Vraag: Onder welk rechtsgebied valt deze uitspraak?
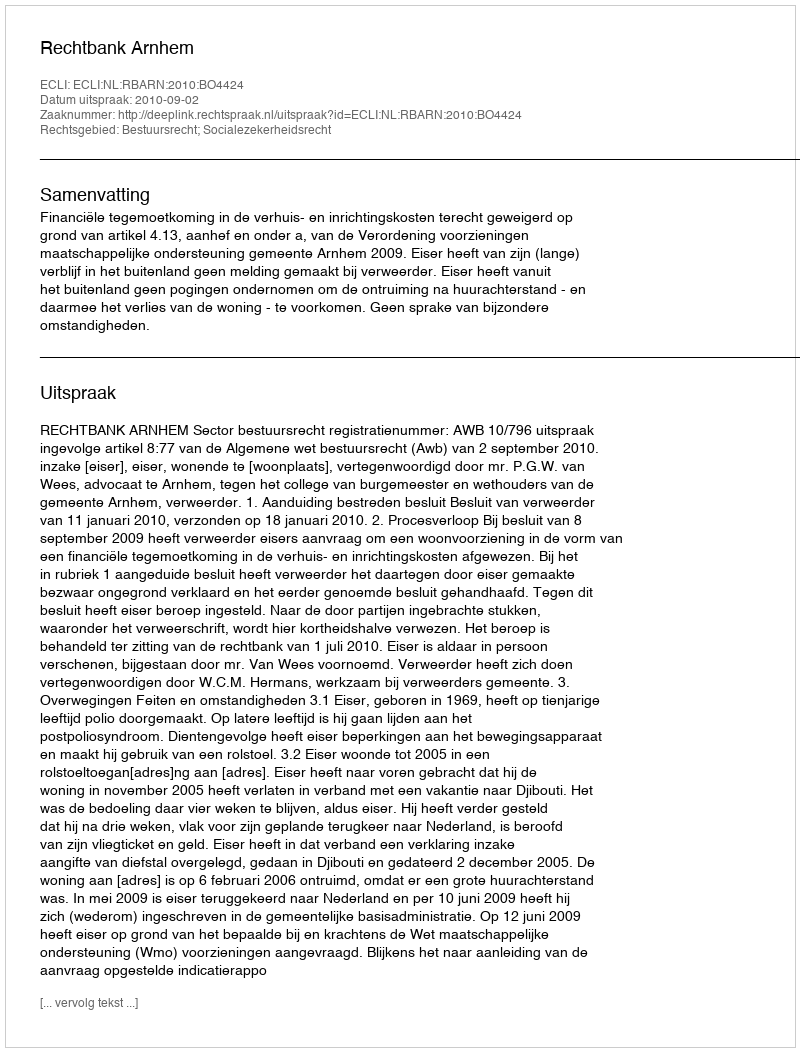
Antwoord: Bestuursrecht; Socialezekerheidsrecht